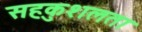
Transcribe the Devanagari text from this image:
सहकुशलता